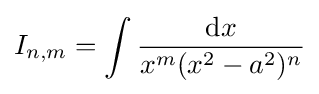
I_{n,m}=\int {\frac {{\text{d}}x}{x^{m}(x^{2}-a^{2})^{n}}}\,\!